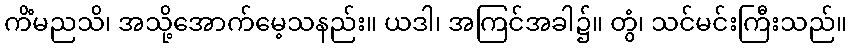
ကိံမညသိ၊ အသို့အောက်မေ့သနည်း။ ယဒါ၊ အကြင်အခါ၌။ တွံ၊ သင်မင်းကြီးသည်။